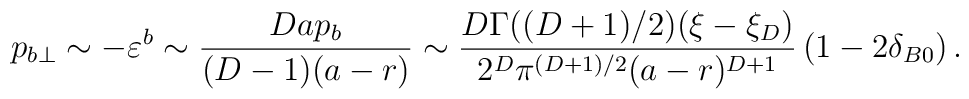
p_{b\perp }\sim -\varepsilon ^b\sim \frac{D a p_b}{(D-1)(a-r)}\sim \frac{D\Gamma ((D+1)/2)(\xi -\xi _{D})}{2^{D}\pi^{(D+1)/2}(a-r)^{D+1}}\left( 1-2\delta _{B0}\right) .